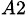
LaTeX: _{A2}